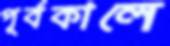
পূর্বকালে